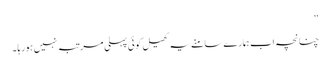
‘‘
چنانچہ اب ہمارے سامنے یہ کھیل کوئی پہلی مرتبہ نہیں ہورہا ۔